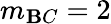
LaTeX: m_{\mathbf{B}C}=2